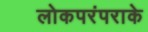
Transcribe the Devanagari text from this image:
लोकपरंपराके